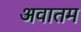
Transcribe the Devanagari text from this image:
अवातम